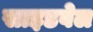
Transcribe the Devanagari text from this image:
साइडवेल